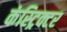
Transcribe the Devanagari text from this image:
कंस्ट्रिक्टर